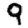
Digit: 9